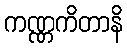
ကဏ္ဏကိတာနိ